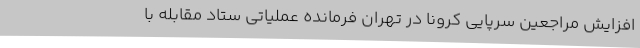
افزایش مراجعین سرپایی کرونا در تهران فرمانده عملیاتی ستاد مقابله با